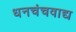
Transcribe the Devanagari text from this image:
धनचंचवाद्य